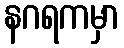
နဂရကမှာ